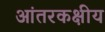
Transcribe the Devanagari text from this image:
आंतरकक्षीय